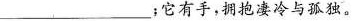
______________；它有手，拥抱凄冷与孤独。